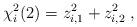
LaTeX: \begin{align*}\chi_{i}^2(2)=z_{i,1}^2+z_{i,2}^2\;,\end{align*}